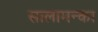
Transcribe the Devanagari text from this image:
सालामन्का